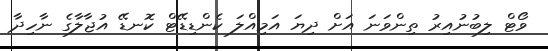
ވޯޓް ލިބުނުއިރު ތިންވަނަ އަށް ދިޔަ އަމިއްލަ ކެންޑިޑޭޓް ކޮނޑޭ އުޖާލާގެ ނާހިދާ